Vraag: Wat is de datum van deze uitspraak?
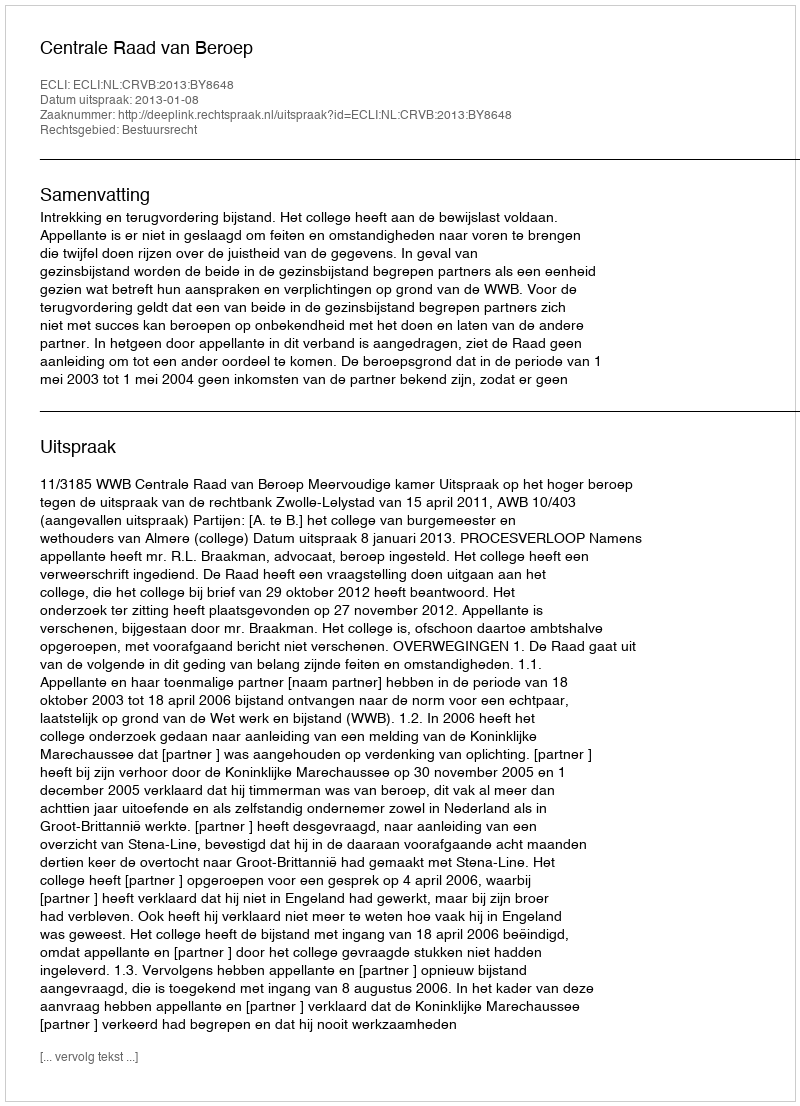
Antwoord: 2013-01-08